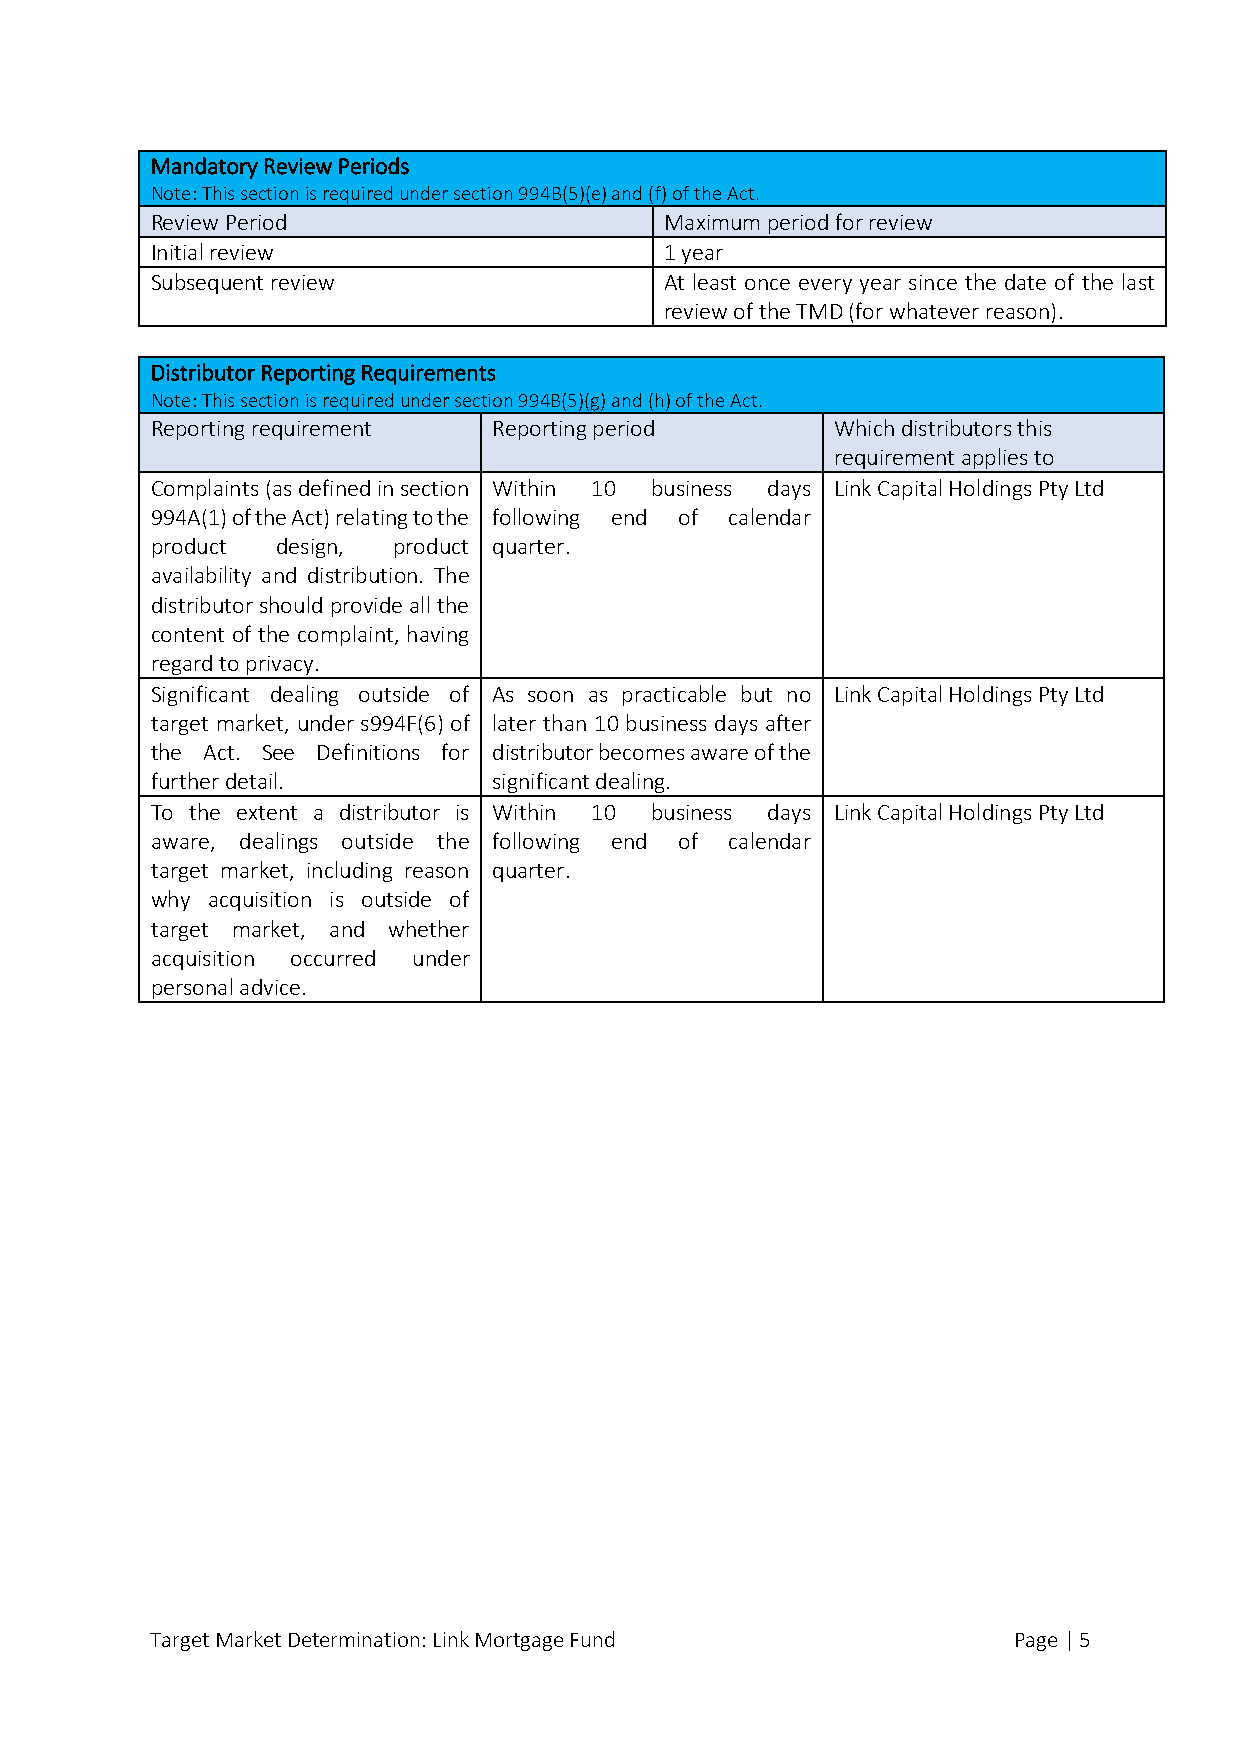
Mandatory Review Periods
 Note: This section is required under section 994B(5)(e) and (f) of the Act.
 Review Period                     Maximum period for review
 Initial review                    1 year
 Subsequent review                 At least once every year since the date of the last
 review of the TMD (for whatever reason).
 Distributor Reporting Requirements
 Note: This section is required under section 994B(5)(g) and (h) of the Act.
 Reporting requirement  Reporting period      Which distributors this
 requirement applies to
 Complaints (as defined in section Within 10 business days Link Capital Holdings Pty Ltd
 994A(1) of the Act) relating to the following end of calendar
 product design, product quarter.
 availability and distribution. The
 distributor should provide all the
 content of the complaint, having
 regard to privacy.
 Significant dealing outside of As soon as practicable but no Link Capital Holdings Pty Ltd
 target market, under s994F(6) of later than 10 business days after
 the Act. See Definitions for distributor becomes aware of the
 further detail.        significant dealing.
 To the extent a distributor is Within 10 business days Link Capital Holdings Pty Ltd
 aware, dealings outside the following end of calendar
 target market, including reason quarter.
 why acquisition is outside of
 target market, and whether
 acquisition occurred under
 personal advice.
 Target Market Determination: Link Mortgage Fund          Page | 5